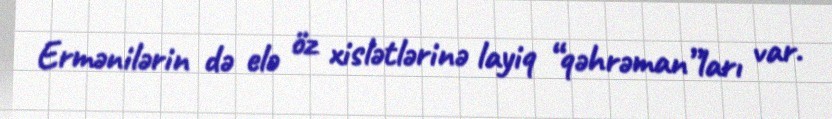
Ermənilərin də elə öz xislətlərinə layiq “qəhrəman”ları var.